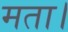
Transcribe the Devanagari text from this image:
मता।